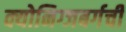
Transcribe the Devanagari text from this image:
क्योनिग्जबर्गची